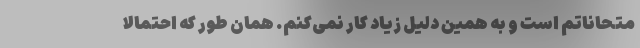
متحاناتم است و به همین دلیل زیاد کار نمی‌کنم. همان طور که احتمالا